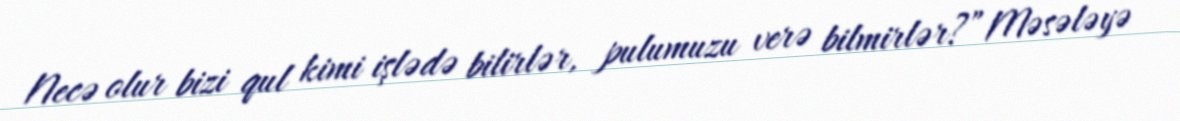
Necə olur bizi qul kimi işlədə bilirlər, pulumuzu verə bilmirlər?”Məsələyə